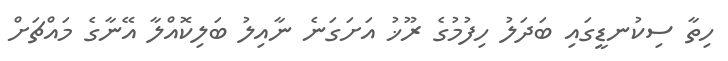
ހިތާ ސިކުނޑީގައި ބަދަލު ހިފުމުގެ ރޫޚު އަށަގަނެ ނާއިލު ބަލިކޮއްލާ އޭނާގެ މައްޗަށް